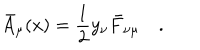
\bar { A } _ { \mu } ( x ) = { \frac { 1 } { 2 } } y _ { \nu } \bar { F } _ { \nu \mu } \quad . \,